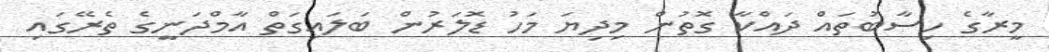
މީރާގެ ހިސާބުތައް ދައްކާ ގޮތުން މިދިޔަ މަހު ޑޮލަރުން ބަލައިގަތް އާމްދަނީގެ ތެރޭގައި